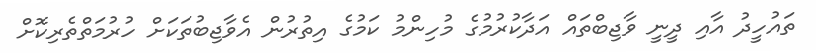
ތައުހީދު އާއި ދީނީ ވާޖިބްތައް އަދާކުރުމުގެ މުހިންމު ކަމުގެ އިތުރުން އެވާޖިބުތަކަށް ހުރުމަތްތެރިކޮށް